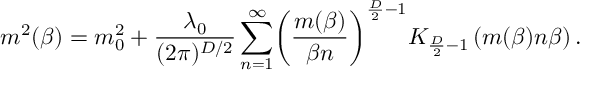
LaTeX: \ m ^ { 2 } ( \beta ) = m _ { 0 } ^ { 2 } + \frac { \lambda _ { 0 } } { ( 2 \pi ) ^ { D / 2 } } \sum _ { n = 1 } ^ { \infty } \biggl ( \frac { m ( \beta ) } { \beta n } \biggr ) ^ { \frac { D } { 2 } - 1 } K _ { \frac { D } { 2 } - 1 } \left( m ( \beta ) n \beta \right) .